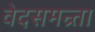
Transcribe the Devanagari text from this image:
वेदसमन्र्ता